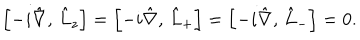
\left[ - i \hat { \nabla } , \, \hat { L } _ { z } \right] = \left[ - i \hat { \nabla } , \, \hat { L } _ { + } \right] = \left[ - i \hat { \nabla } , \, \hat { L } _ { - } \right] = 0 .